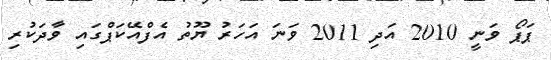
ޕަޕޯ ވަނީ 2010 އަދި 2011 ވަނަ އަހަރު ޔޫތު އެފްއޭކަޕްގައި ވާދަކުރި